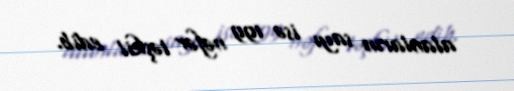
alanların sayı isə 199 nəfər təşkil edib.